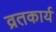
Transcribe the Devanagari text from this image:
व्रतकार्य